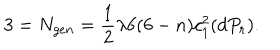
3 = N _ { g e n } = \frac { 1 } { 2 } \lambda 6 ( 6 - n ) c _ { 1 } ^ { 2 } ( d P _ { r } ) .